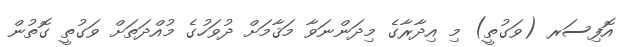
އޮފިސަރ (ވަގުތީ) މި އިދާރާގެ މިދަންނަވާ މަޤާމަށް ދުވަހުގެ މުއްދަތަށް ވަގުތީ ގޮތުން